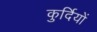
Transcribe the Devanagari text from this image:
कुर्दियों